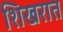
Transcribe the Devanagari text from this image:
शिखरात